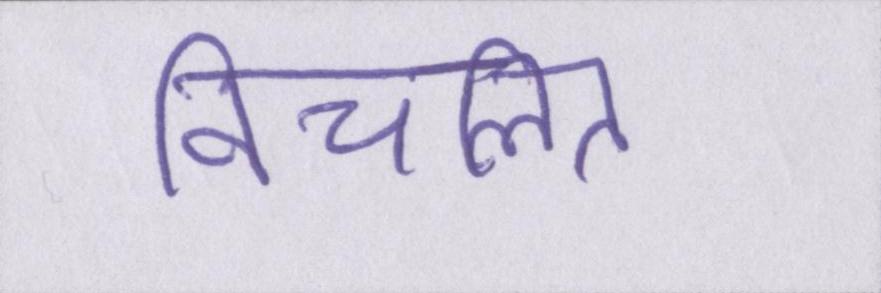
विचलित